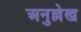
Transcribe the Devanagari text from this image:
अनुल्लेख